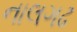
નાલગઢ